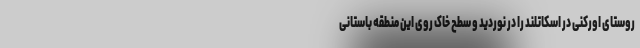
روستای اورکنی در اسکاتلند را در نوردید و سطح خاک روی این منطقه باستانی